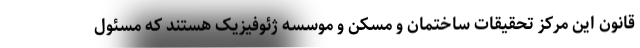
قانون این مرکز تحقیقات ساختمان و مسکن و موسسه ژئوفیزیک هستند که مسئول